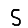
Digit: 5